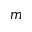
m